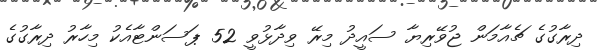
ދިރާގުގެ ޗެއާމަން ޖުވޭރިޔާ ސައީދު މިރޭ ވިދާޅުވީ 52 ޕަސަންޓާއެކު މިހާރު ދިރާގުގެ